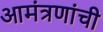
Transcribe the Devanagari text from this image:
आमंत्रणांची